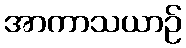
အာကာသယာဉ်